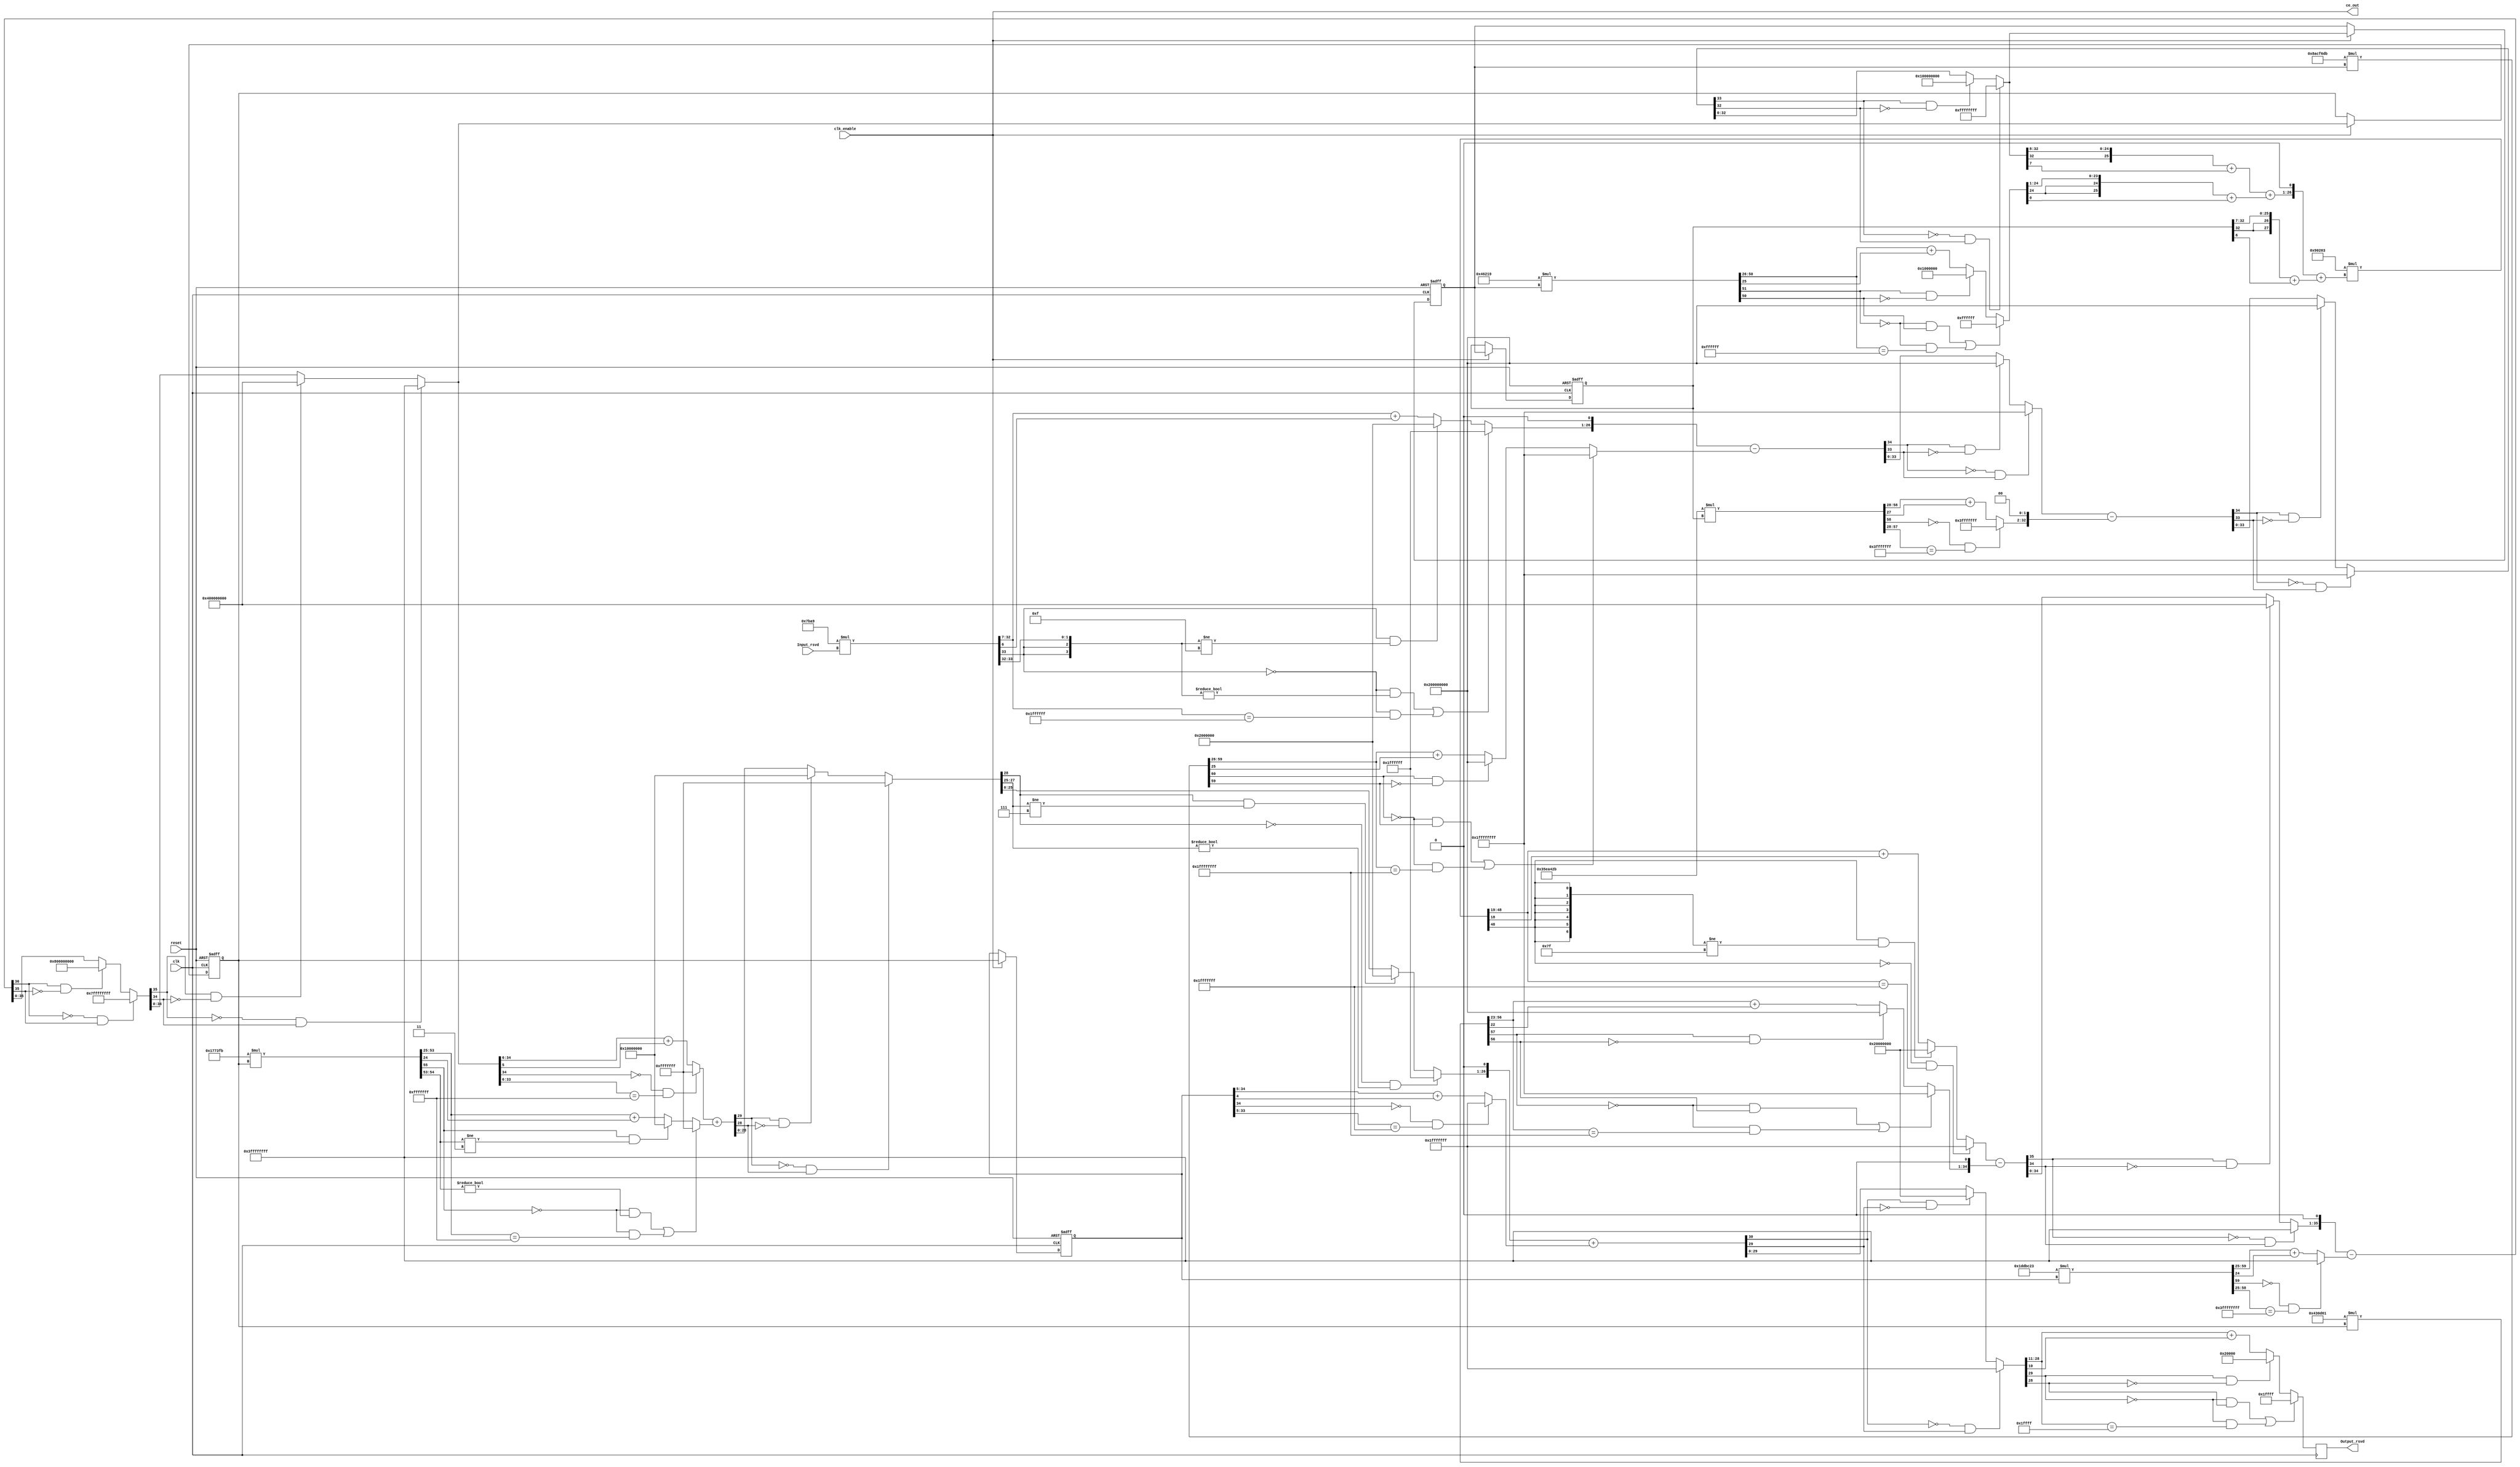
// -------------------------------------------------------------
// 
// 
// Generated by MATLAB 9.5 and HDL Coder 3.13
// 
// 
// -- -------------------------------------------------------------
// -- Rate and Clocking Details
// -- -------------------------------------------------------------
// Model base rate: 0.0001
// Target subsystem base rate: 0.0001
// 
// 
// Clock Enable  Sample Time
// -- -------------------------------------------------------------
// ce_out        0.0001
// -- -------------------------------------------------------------
// 
// 
// Output Signal                 Clock Enable  Sample Time
// -- -------------------------------------------------------------
// Output_rsvd                   ce_out        0.0001
// -- -------------------------------------------------------------
// 
// -------------------------------------------------------------


// ------------------------------------------------------------
// 
// Module: Filter
// Source Path: all_model_filt/Filter
// Hierarchy Level: 0
// 
// ------------------------------------------------------------

`timescale 1 ns / 1 ns

module Filter
          (clk,
           reset,
           clk_enable,
           Input_rsvd,
           ce_out,
           Output_rsvd);


  input   clk;
  input   reset;
  input   clk_enable;
  input   signed [17:0] Input_rsvd;  // sfix18_En5
  output  ce_out;
  output  signed [17:0] Output_rsvd;  // sfix18_En5


  wire enb;
  wire signed [37:0] s_1_mul_temp;  // sfix38_En24
  wire signed [36:0] s_1_cast;  // sfix37_En24
  wire signed [25:0] s_1_out1;  // sfix26_En17
  reg signed [32:0] Delay11_out1;  // sfix33_En18
  reg signed [32:0] Delay21_out1;  // sfix33_En18
  wire signed [59:0] a_3_1_mul_temp;  // sfix60_En44
  wire signed [58:0] a_3_1_cast;  // sfix59_En44
  wire signed [30:0] a_3_1_out1;  // sfix31_En16
  wire signed [32:0] SumA31_out1;  // sfix33_En18
  wire signed [60:0] a_2_1_mul_temp;  // sfix61_En44
  wire signed [33:0] a_2_1_out1;  // sfix34_En18
  wire signed [33:0] SumA21_sub_cast;  // sfix34_En18
  wire signed [34:0] SumA21_sub_cast_1;  // sfix35_En18
  wire signed [34:0] SumA21_sub_cast_2;  // sfix35_En18
  wire signed [34:0] SumA21_sub_temp;  // sfix35_En18
  wire signed [33:0] SumA21_out1;  // sfix34_En18
  wire signed [34:0] SumA31_sub_cast;  // sfix35_En18
  wire signed [33:0] SumA31_sub_cast_1;  // sfix34_En18
  wire signed [34:0] SumA31_sub_cast_2;  // sfix35_En18
  wire signed [34:0] SumA31_sub_temp;  // sfix35_En18
  wire signed [33:0] SumA31_cast;  // sfix34_En18
  wire signed [52:0] b_2_1_mul_temp;  // sfix53_En37
  wire signed [51:0] b_2_1_cast;  // sfix52_En37
  wire signed [24:0] b_2_1_out1;  // sfix25_En11
  wire signed [25:0] SumB21_add_cast;  // sfix26_En10
  wire signed [25:0] SumB21_add_cast_1;  // sfix26_En10
  wire signed [25:0] SumB21_out1;  // sfix26_En10
  wire signed [27:0] SumB31_add_cast;  // sfix28_En11
  wire signed [27:0] SumB31_add_cast_1;  // sfix28_En11
  wire signed [27:0] SumB31_out1;  // sfix28_En11
  wire signed [56:0] s_2_mul_temp;  // sfix57_En39
  wire signed [55:0] s_2_cast;  // sfix56_En39
  wire signed [29:0] s_2_out1;  // sfix30_En20
  reg signed [34:0] Delay12_out1;  // sfix35_En21
  reg signed [34:0] Delay22_out1;  // sfix35_En21
  wire signed [60:0] a_3_2_mul_temp;  // sfix61_En46
  wire signed [59:0] a_3_2_cast;  // sfix60_En46
  wire signed [34:0] a_3_2_out1;  // sfix35_En21
  wire signed [34:0] SumA32_out1;  // sfix35_En21
  wire signed [57:0] a_2_2_mul_temp;  // sfix58_En42
  wire signed [33:0] a_2_2_out1;  // sfix34_En19
  wire signed [34:0] SumA22_sub_cast;  // sfix35_En20
  wire signed [35:0] SumA22_sub_cast_1;  // sfix36_En20
  wire signed [35:0] SumA22_sub_cast_2;  // sfix36_En20
  wire signed [35:0] SumA22_sub_temp;  // sfix36_En20
  wire signed [34:0] SumA22_out1;  // sfix35_En20
  wire signed [36:0] SumA32_sub_cast;  // sfix37_En21
  wire signed [35:0] SumA32_sub_cast_1;  // sfix36_En21
  wire signed [36:0] SumA32_sub_cast_2;  // sfix37_En21
  wire signed [36:0] SumA32_sub_temp;  // sfix37_En21
  wire signed [35:0] SumA32_cast;  // sfix36_En21
  wire signed [55:0] b_2_2_mul_temp;  // sfix56_En40
  wire signed [28:0] b_2_2_out1;  // sfix29_En15
  wire signed [28:0] SumB22_add_cast;  // sfix29_En15
  wire signed [29:0] SumB22_add_cast_1;  // sfix30_En15
  wire signed [29:0] SumB22_add_cast_2;  // sfix30_En15
  wire signed [29:0] SumB22_add_temp;  // sfix30_En15
  wire signed [28:0] SumB22_cast;  // sfix29_En15
  wire signed [25:0] SumB22_out1;  // sfix26_En15
  wire signed [29:0] SumB32_add_cast;  // sfix30_En16
  wire signed [30:0] SumB32_add_cast_1;  // sfix31_En16
  wire signed [29:0] SumB32_add_cast_2;  // sfix30_En16
  wire signed [30:0] SumB32_add_cast_3;  // sfix31_En16
  wire signed [30:0] SumB32_add_temp;  // sfix31_En16
  wire signed [29:0] SumB32_cast;  // sfix30_En16
  wire signed [17:0] SumB32_out1;  // sfix18_En5
  reg signed [17:0] SumB32_out1_1;


  assign s_1_mul_temp = 20'sb00000111101110101001 * Input_rsvd;
  assign s_1_cast = s_1_mul_temp[36:0];
  assign s_1_out1 = (((s_1_cast[36] == 1'b0) && (s_1_cast[35:32] != 4'b0000)) || ((s_1_cast[36] == 1'b0) && (s_1_cast[32:7] == 26'sb01111111111111111111111111)) ? 26'sb01111111111111111111111111 :
              ((s_1_cast[36] == 1'b1) && (s_1_cast[35:32] != 4'b1111) ? 26'sb10000000000000000000000000 :
              s_1_cast[32:7] + $signed({1'b0, s_1_cast[6]})));


  assign enb = clk_enable;

  always @(posedge clk or posedge reset)
    begin : Delay21_process
      if (reset == 1'b1) begin
        Delay21_out1 <= 33'sh000000000;
      end
      else begin
        if (enb) begin
          Delay21_out1 <= Delay11_out1;
        end
      end
    end


  assign a_3_1_mul_temp = 27'sb011010111101010010000101011 * Delay21_out1;
  assign a_3_1_cast = a_3_1_mul_temp[58:0];
  assign a_3_1_out1 = ((a_3_1_cast[58] == 1'b0) && (a_3_1_cast[57:28] == 30'b111111111111111111111111111111) ? 31'sb0111111111111111111111111111111 :
              a_3_1_cast[58:28] + $signed({1'b0, a_3_1_cast[27]}));


  always @(posedge clk or posedge reset)
    begin : Delay11_process
      if (reset == 1'b1) begin
        Delay11_out1 <= 33'sh000000000;
      end
      else begin
        if (enb) begin
          Delay11_out1 <= SumA31_out1;
        end
      end
    end


  assign a_2_1_mul_temp = 28'sb1000101011001111011011011011 * Delay11_out1;
  assign a_2_1_out1 = (((a_2_1_mul_temp[60] == 1'b0) && (a_2_1_mul_temp[59] != 1'b0)) || ((a_2_1_mul_temp[60] == 1'b0) && (a_2_1_mul_temp[59:26] == 34'sh1FFFFFFFF)) ? 34'sh1FFFFFFFF :
              ((a_2_1_mul_temp[60] == 1'b1) && (a_2_1_mul_temp[59] != 1'b1) ? 34'sh200000000 :
              a_2_1_mul_temp[59:26] + $signed({1'b0, a_2_1_mul_temp[25]})));


  assign SumA21_sub_cast = {{7{s_1_out1[25]}}, {s_1_out1, 1'b0}};
  assign SumA21_sub_cast_1 = {SumA21_sub_cast[33], SumA21_sub_cast};
  assign SumA21_sub_cast_2 = {a_2_1_out1[33], a_2_1_out1};
  assign SumA21_sub_temp = SumA21_sub_cast_1 - SumA21_sub_cast_2;
  assign SumA21_out1 = ((SumA21_sub_temp[34] == 1'b0) && (SumA21_sub_temp[33] != 1'b0) ? 34'sh1FFFFFFFF :
              ((SumA21_sub_temp[34] == 1'b1) && (SumA21_sub_temp[33] != 1'b1) ? 34'sh200000000 :
              $signed(SumA21_sub_temp[33:0])));


  assign SumA31_sub_cast = {SumA21_out1[33], SumA21_out1};
  assign SumA31_sub_cast_1 = {a_3_1_out1[30], {a_3_1_out1, 2'b00}};
  assign SumA31_sub_cast_2 = {SumA31_sub_cast_1[33], SumA31_sub_cast_1};
  assign SumA31_sub_temp = SumA31_sub_cast - SumA31_sub_cast_2;
  assign SumA31_cast = ((SumA31_sub_temp[34] == 1'b0) && (SumA31_sub_temp[33] != 1'b0) ? 34'sh1FFFFFFFF :
              ((SumA31_sub_temp[34] == 1'b1) && (SumA31_sub_temp[33] != 1'b1) ? 34'sh200000000 :
              $signed(SumA31_sub_temp[33:0])));
  assign SumA31_out1 = ((SumA31_cast[33] == 1'b0) && (SumA31_cast[32] != 1'b0) ? 33'sh0FFFFFFFF :
              ((SumA31_cast[33] == 1'b1) && (SumA31_cast[32] != 1'b1) ? 33'sh100000000 :
              $signed(SumA31_cast[32:0])));


  assign b_2_1_mul_temp = 20'sb01000110001000011001 * Delay11_out1;
  assign b_2_1_cast = b_2_1_mul_temp[51:0];
  assign b_2_1_out1 = (((b_2_1_cast[51] == 1'b0) && (b_2_1_cast[50] != 1'b0)) || ((b_2_1_cast[51] == 1'b0) && (b_2_1_cast[50:26] == 25'sb0111111111111111111111111)) ? 25'sb0111111111111111111111111 :
              ((b_2_1_cast[51] == 1'b1) && (b_2_1_cast[50] != 1'b1) ? 25'sb1000000000000000000000000 :
              b_2_1_cast[50:26] + $signed({1'b0, b_2_1_cast[25]})));


  assign SumB21_add_cast = ({SumA31_out1[32], SumA31_out1[32:8]}) + $signed({1'b0, SumA31_out1[7]});
  assign SumB21_add_cast_1 = ({{2{b_2_1_out1[24]}}, b_2_1_out1[24:1]}) + $signed({1'b0, b_2_1_out1[0]});
  assign SumB21_out1 = SumB21_add_cast + SumB21_add_cast_1;


  assign SumB31_add_cast = {SumB21_out1[25], {SumB21_out1, 1'b0}};
  assign SumB31_add_cast_1 = ({{2{Delay21_out1[32]}}, Delay21_out1[32:7]}) + $signed({1'b0, Delay21_out1[6]});
  assign SumB31_out1 = SumB31_add_cast + SumB31_add_cast_1;


  assign s_2_mul_temp = 29'sb00000000010010000001000000011 * SumB31_out1;
  assign s_2_cast = s_2_mul_temp[55:0];
  assign s_2_out1 = (((s_2_cast[55] == 1'b0) && (s_2_cast[54:48] != 7'b0000000)) || ((s_2_cast[55] == 1'b0) && (s_2_cast[48:19] == 30'sb011111111111111111111111111111)) ? 30'sb011111111111111111111111111111 :
              ((s_2_cast[55] == 1'b1) && (s_2_cast[54:48] != 7'b1111111) ? 30'sb100000000000000000000000000000 :
              s_2_cast[48:19] + $signed({1'b0, s_2_cast[18]})));


  always @(posedge clk or posedge reset)
    begin : Delay22_process
      if (reset == 1'b1) begin
        Delay22_out1 <= 35'sh000000000;
      end
      else begin
        if (enb) begin
          Delay22_out1 <= Delay12_out1;
        end
      end
    end


  assign a_3_2_mul_temp = 26'sb01110111011011110000100011 * Delay22_out1;
  assign a_3_2_cast = a_3_2_mul_temp[59:0];
  assign a_3_2_out1 = ((a_3_2_cast[59] == 1'b0) && (a_3_2_cast[58:25] == 34'h3FFFFFFFF) ? 35'sh3FFFFFFFF :
              a_3_2_cast[59:25] + $signed({1'b0, a_3_2_cast[24]}));


  always @(posedge clk or posedge reset)
    begin : Delay12_process
      if (reset == 1'b1) begin
        Delay12_out1 <= 35'sh000000000;
      end
      else begin
        if (enb) begin
          Delay12_out1 <= SumA32_out1;
        end
      end
    end


  assign a_2_2_mul_temp = 23'sb10000110000110101100001 * Delay12_out1;
  assign a_2_2_out1 = (((a_2_2_mul_temp[57] == 1'b0) && (a_2_2_mul_temp[56] != 1'b0)) || ((a_2_2_mul_temp[57] == 1'b0) && (a_2_2_mul_temp[56:23] == 34'sh1FFFFFFFF)) ? 34'sh1FFFFFFFF :
              ((a_2_2_mul_temp[57] == 1'b1) && (a_2_2_mul_temp[56] != 1'b1) ? 34'sh200000000 :
              a_2_2_mul_temp[56:23] + $signed({1'b0, a_2_2_mul_temp[22]})));


  assign SumA22_sub_cast = {{5{s_2_out1[29]}}, s_2_out1};
  assign SumA22_sub_cast_1 = {SumA22_sub_cast[34], SumA22_sub_cast};
  assign SumA22_sub_cast_2 = {a_2_2_out1[33], {a_2_2_out1, 1'b0}};
  assign SumA22_sub_temp = SumA22_sub_cast_1 - SumA22_sub_cast_2;
  assign SumA22_out1 = ((SumA22_sub_temp[35] == 1'b0) && (SumA22_sub_temp[34] != 1'b0) ? 35'sh3FFFFFFFF :
              ((SumA22_sub_temp[35] == 1'b1) && (SumA22_sub_temp[34] != 1'b1) ? 35'sh400000000 :
              $signed(SumA22_sub_temp[34:0])));


  assign SumA32_sub_cast = {SumA22_out1[34], {SumA22_out1, 1'b0}};
  assign SumA32_sub_cast_1 = {a_3_2_out1[34], a_3_2_out1};
  assign SumA32_sub_cast_2 = {SumA32_sub_cast_1[35], SumA32_sub_cast_1};
  assign SumA32_sub_temp = SumA32_sub_cast - SumA32_sub_cast_2;
  assign SumA32_cast = ((SumA32_sub_temp[36] == 1'b0) && (SumA32_sub_temp[35] != 1'b0) ? 36'sh7FFFFFFFF :
              ((SumA32_sub_temp[36] == 1'b1) && (SumA32_sub_temp[35] != 1'b1) ? 36'sh800000000 :
              $signed(SumA32_sub_temp[35:0])));
  assign SumA32_out1 = ((SumA32_cast[35] == 1'b0) && (SumA32_cast[34] != 1'b0) ? 35'sh3FFFFFFFF :
              ((SumA32_cast[35] == 1'b1) && (SumA32_cast[34] != 1'b1) ? 35'sh400000000 :
              $signed(SumA32_cast[34:0])));


  assign b_2_2_mul_temp = 21'sb101110111001111111011 * Delay12_out1;
  assign b_2_2_out1 = (((b_2_2_mul_temp[55] == 1'b0) && (b_2_2_mul_temp[54:53] != 2'b00)) || ((b_2_2_mul_temp[55] == 1'b0) && (b_2_2_mul_temp[53:25] == 29'sb01111111111111111111111111111)) ? 29'sb01111111111111111111111111111 :
              ((b_2_2_mul_temp[55] == 1'b1) && (b_2_2_mul_temp[54:53] != 2'b11) ? 29'sb10000000000000000000000000000 :
              b_2_2_mul_temp[53:25] + $signed({1'b0, b_2_2_mul_temp[24]})));


  assign SumB22_add_cast = ((SumA32_out1[34] == 1'b0) && (SumA32_out1[33:6] == 28'b1111111111111111111111111111) ? 29'sb01111111111111111111111111111 :
              SumA32_out1[34:6] + $signed({1'b0, SumA32_out1[5]}));
  assign SumB22_add_cast_1 = {SumB22_add_cast[28], SumB22_add_cast};
  assign SumB22_add_cast_2 = {b_2_2_out1[28], b_2_2_out1};
  assign SumB22_add_temp = SumB22_add_cast_1 + SumB22_add_cast_2;
  assign SumB22_cast = ((SumB22_add_temp[29] == 1'b0) && (SumB22_add_temp[28] != 1'b0) ? 29'sb01111111111111111111111111111 :
              ((SumB22_add_temp[29] == 1'b1) && (SumB22_add_temp[28] != 1'b1) ? 29'sb10000000000000000000000000000 :
              $signed(SumB22_add_temp[28:0])));
  assign SumB22_out1 = ((SumB22_cast[28] == 1'b0) && (SumB22_cast[27:25] != 3'b000) ? 26'sb01111111111111111111111111 :
              ((SumB22_cast[28] == 1'b1) && (SumB22_cast[27:25] != 3'b111) ? 26'sb10000000000000000000000000 :
              $signed(SumB22_cast[25:0])));


  assign SumB32_add_cast = {{3{SumB22_out1[25]}}, {SumB22_out1, 1'b0}};
  assign SumB32_add_cast_1 = {SumB32_add_cast[29], SumB32_add_cast};
  assign SumB32_add_cast_2 = ((Delay22_out1[34] == 1'b0) && (Delay22_out1[33:5] == 29'b11111111111111111111111111111) ? 30'sb011111111111111111111111111111 :
              Delay22_out1[34:5] + $signed({1'b0, Delay22_out1[4]}));
  assign SumB32_add_cast_3 = {SumB32_add_cast_2[29], SumB32_add_cast_2};
  assign SumB32_add_temp = SumB32_add_cast_1 + SumB32_add_cast_3;
  assign SumB32_cast = ((SumB32_add_temp[30] == 1'b0) && (SumB32_add_temp[29] != 1'b0) ? 30'sb011111111111111111111111111111 :
              ((SumB32_add_temp[30] == 1'b1) && (SumB32_add_temp[29] != 1'b1) ? 30'sb100000000000000000000000000000 :
              $signed(SumB32_add_temp[29:0])));
  assign SumB32_out1 = (((SumB32_cast[29] == 1'b0) && (SumB32_cast[28] != 1'b0)) || ((SumB32_cast[29] == 1'b0) && (SumB32_cast[28:11] == 18'sb011111111111111111)) ? 18'sb011111111111111111 :
              ((SumB32_cast[29] == 1'b1) && (SumB32_cast[28] != 1'b1) ? 18'sb100000000000000000 :
              SumB32_cast[28:11] + $signed({1'b0, SumB32_cast[10]})));

  always@(posedge clk)
  SumB32_out1_1<=SumB32_out1;

  assign Output_rsvd = SumB32_out1_1;

  assign ce_out = clk_enable;

endmodule  // Filter